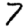
Digit: 7